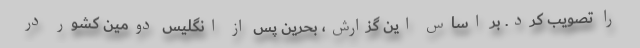
را تصویب کرد. بر اساس این گزارش، بحرین پس از انگلیس دومین کشور در